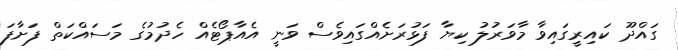
ގައްދޫ ކައިރީގައިވާ މާވަރުލު ކިޔާ ފަޅުރަށެއްގައިވެސް ވަނީ އެއާޕޯޓެއް ހެދުމުގެ މަސައްކަތް ފަށާފަ